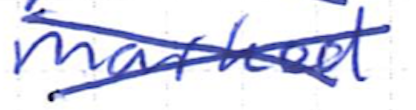
Text: marked
Cross-out: cross
Writing tool: ballpoint